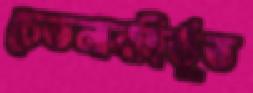
চেতনাবহির্ভূত